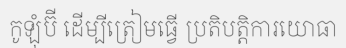
កូឡុំប៊ី ដើម្បីត្រៀមធ្វើ ប្រតិបត្តិការយោធា